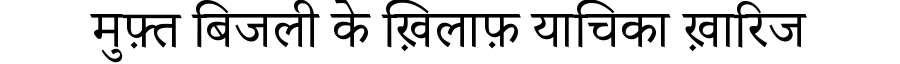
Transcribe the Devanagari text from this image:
मुफ़्त बिजली के ख़िलाफ़ याचिका ख़ारिज